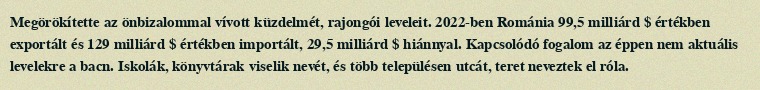
Megörökítette az önbizalommal vívott küzdelmét, rajongói leveleit. 2022-ben Románia 99,5 milliárd $ értékben exportált és 129 milliárd $ értékben importált, 29,5 milliárd $ hiánnyal. Kapcsolódó fogalom az éppen nem aktuális levelekre a bacn. Iskolák, könyvtárak viselik nevét, és több településen utcát, teret neveztek el róla.